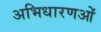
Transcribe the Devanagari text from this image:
अभिधारणओं